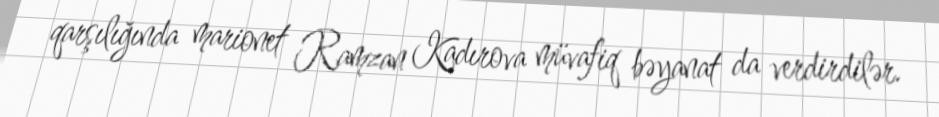
qarşılığında marionet Ramzan Kadırova müvafiq bəyanat da verdirdilər.